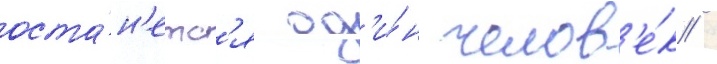
оста́н'етс'я од'и́н челов'е́к /